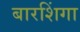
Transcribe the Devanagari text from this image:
बारशिंगा